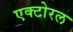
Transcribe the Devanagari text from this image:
एक्टोरल